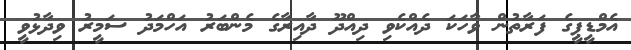
އެމްޑީޕީގެ ފަރާތުން ވާހަކަ ދެއްކެވި ދިއްދޫ ދާއިރާގެ މެންބަރު އަހްމަދު ސަމީރު ވިދާޅުވީ